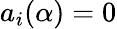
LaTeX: a_{i}(\alpha)=0